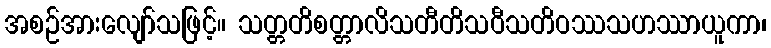
အစဉ်အားလျော်သဖြင့်။ သတ္တတိစတ္တာလိသတီတိသဝီသတိဝဿသဟဿာယူကာ၊